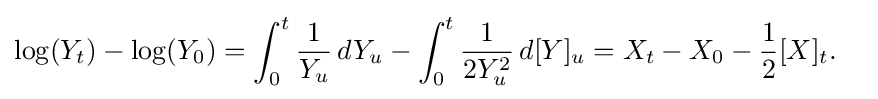
{\begin{aligned}\log(Y_{t})-\log(Y_{0})&=\int _{0}^{t}{\frac {1}{Y_{u}}}\,dY_{u}-\int _{0}^{t}{\frac {1}{2Y_{u}^{2}}}\,d[Y]_{u}=X_{t}-X_{0}-{\frac {1}{2}}[X]_{t}.\end{aligned}}